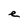
Character: e